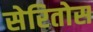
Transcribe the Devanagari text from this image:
सेरितोस